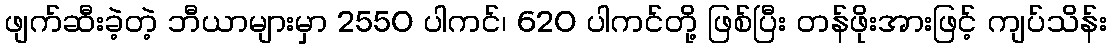
ဖျက်ဆီးခဲ့တဲ့ ဘီယာများမှာ 2550 ပါကင်၊ 620 ပါကင်တို့ ဖြစ်ပြီး တန်ဖိုးအားဖြင့် ကျပ်သိန်း